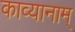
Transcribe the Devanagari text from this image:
काव्यानाम्